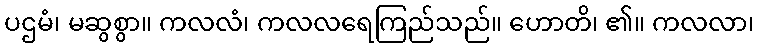
ပဌမံ၊ မဆွစွာ။ ကလလံ၊ ကလလရေကြည်သည်။ ဟောတိ၊ ၏။ ကလလာ၊